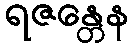
ရဇန္တေန